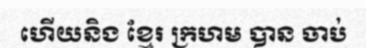
ហើយនិង ខ្មែរ ក្រហម បាន ចាប់